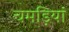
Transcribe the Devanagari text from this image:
चमड़ियां